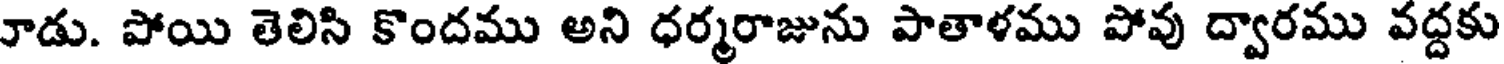
రాడు. పోయి తెలిసి కొందము అని ధర్మరాజును పాతాళము పోవు ద్వారము వద్దకు